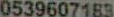
0539607183